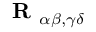
\mathcal { \textbf { R } } _ { \alpha \beta , \gamma \delta }